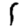
Digit: 1